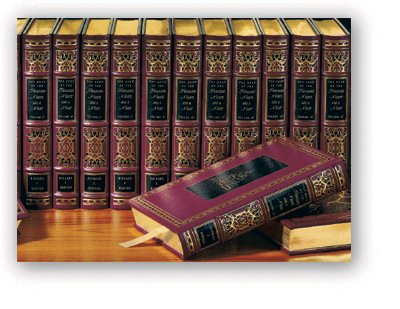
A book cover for THE BOOK OF THE THOUSAND NIGHTS AND A NIGHT. Ten Volumes AND SUPPLEMENT NIGHTS to The Book of a Thousand Nights and a Night. Seven Volumes. Complete Seventeen Volume Set.; Richard. BURTON; Romance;